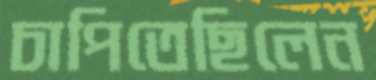
চাপিতেছিলেন